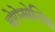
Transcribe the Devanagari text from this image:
बोगेनबेलिया